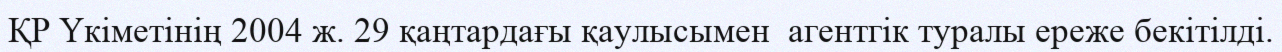
ҚР Үкіметінің 2004 ж. 29 қаңтардағы қаулысымен  агентгік туралы ереже бекітілді.